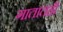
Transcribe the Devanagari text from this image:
गातातही